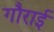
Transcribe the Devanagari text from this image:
गौराई